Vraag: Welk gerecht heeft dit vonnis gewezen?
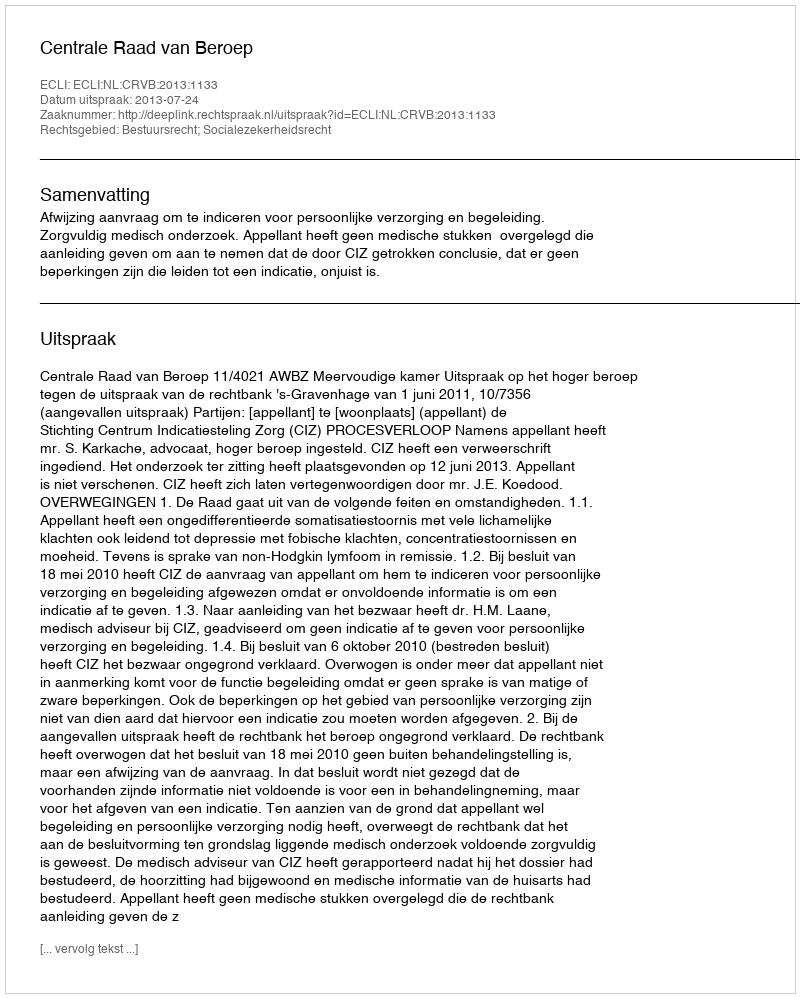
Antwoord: Centrale Raad van Beroep